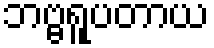
ဘဗ္ဗရူပတာယ